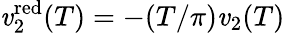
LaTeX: \mathit{v}_{2}^{\mathrm{{red}}}(T)=-(T/\pi)\mathit{v}_{2}(T)